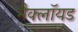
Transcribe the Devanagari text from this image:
मैक्लॉयड